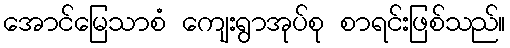
အောင်မြေသာစံ ကျေးရွာအုပ်စု စာရင်းဖြစ်သည်။